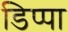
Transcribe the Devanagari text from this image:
डिप्पा